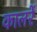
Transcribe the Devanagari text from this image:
कालरें